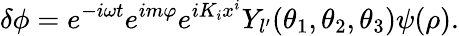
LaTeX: \delta\phi=e^{-i\omega t}e^{im\varphi}e^{iK_{i}x^{i}}Y_{l^{\prime}}(\theta_{1},\theta_{2},\theta_{3})\psi(\rho).